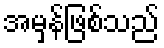
အမှန်ဖြစ်သည်